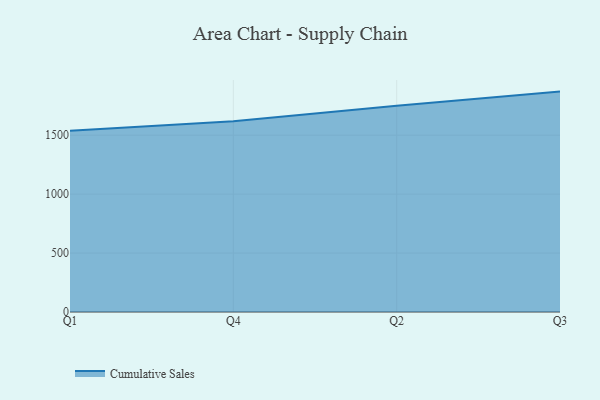
{"axis": {"x": "Quarter", "y": "Operating Costs (USD K)"}, "legend": ["Cumulative Sales"], "data": [{"x": "Q1", "y": 1538.2, "type": "Cumulative Sales"}, {"x": "Q4", "y": 1618.1, "type": "Cumulative Sales"}, {"x": "Q2", "y": 1749.2, "type": "Cumulative Sales"}, {"x": "Q3", "y": 1870.0, "type": "Cumulative Sales"}]}